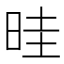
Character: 晆